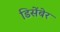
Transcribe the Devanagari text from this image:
डिसेंबेर